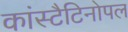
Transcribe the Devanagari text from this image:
कांस्टैटिनोपल